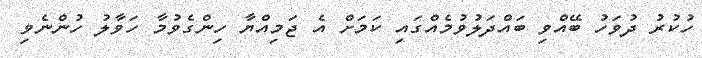
ހުކުރު ދުވަހު ބޭއްވި ބައްދަލުވުމެއްގައި ކަމަށް އެ ޖަމިއްޔާ ހިންގެވުމާ ހަވާލު ހުންނެވި